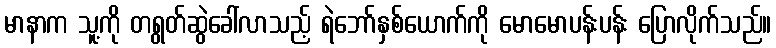
မာနာက သူ့ကို တရွတ်ဆွဲခေါ်လာသည့် ရဲဘော်နှစ်ယောက်ကို မောမောပန်းပန်း ပြောလိုက်သည်။